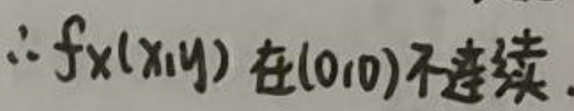
$\therefore f_x(x,y)$在(0,0)不连续.